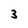
Character: 3